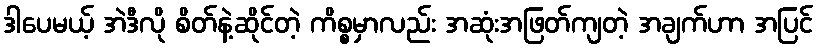
ဒါပေမယ့် အဲဒီလို စိတ်နဲ့ဆိုင်တဲ့ ကိစ္စမှာလည်း အဆုံးအဖြတ်ကျတဲ့ အချက်ဟာ အပြင်